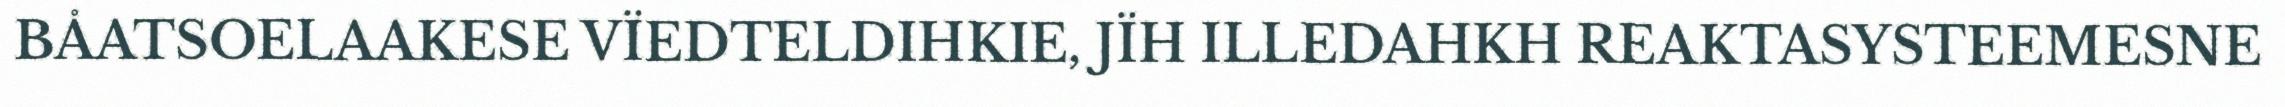
BÅATSOELAAKESE VÏEDTELDIHKIE, JÏH ILLEDAHKH REAKTASYSTEEMESNE